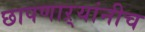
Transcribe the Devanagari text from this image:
छापणाऱ्यांनीच